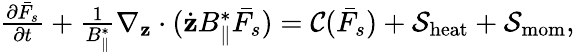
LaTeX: \begin{array}{r}{\frac{\partial\bar{F}_{s}}{\partial t}+\frac{1}{B_{\parallel}^{*}}\nabla_{\textbf{z}}\cdot(\dot{\textbf{z}}B_{\parallel}^{*}\bar{F_{s}})=\mathcal{C}(\bar{F}_{s})+\mathcal{S}_{\mathrm{heat}}+\mathcal{S}_{\mathrm{\mathrm{mom}}},}\end{array}